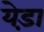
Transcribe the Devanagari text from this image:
येड़ा